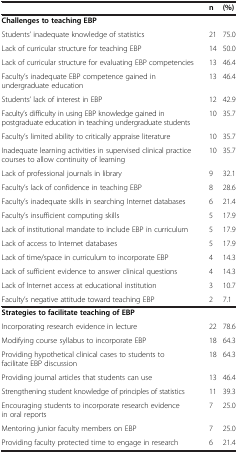
|  | n | (%) |
 | --- | --- | --- |
 | Challenges to teaching EBP |  |  |
 | Students’ inadequate knowledge of statistics | 21 | 75.0 |
 | Lack of curricular structure for teaching EBP | 14 | 50.0 |
 | Lack of curricular structure for evaluating EBP competencies | 13 | 46.4 |
 | Faculty’s inadequate EBP competence gained in undergraduate education | 13 | 46.4 |
 | Students’ lack of interest in EBP | 12 | 42.9 |
 | Faculty’s difficulty in using EBP knowledge gained in postgraduate education in teaching undergraduate students | 10 | 35.7 |
 | Faculty’s limited ability to critically appraise literature | 10 | 35.7 |
 | Inadequate learning activities in supervised clinical practice courses to allow continuity of learning | 10 | 35.7 |
 | Lack of professional journals in library | 9 | 32.1 |
 | Faculty’s lack of confidence in teaching EBP | 8 | 28.6 |
 | Faculty’s inadequate skills in searching Internet databases | 6 | 21.4 |
 | Faculty’s insufficient computing skills | 5 | 17.9 |
 | Lack of institutional mandate to include EBP in curriculum | 5 | 17.9 |
 | Lack of access to Internet databases | 5 | 17.9 |
 | Lack of time/space in curriculum to incorporate EBP | 4 | 14.3 |
 | Lack of sufficient evidence to answer clinical questions | 4 | 14.3 |
 | Lack of Internet access at educational institution | 3 | 10.7 |
 | Faculty’s negative attitude toward teaching EBP | 2 | 7.1 |
 | Strategies to facilitate teaching of EBP |  |  |
 | Incorporating research evidence in lecture | 22 | 78.6 |
 | Modifying course syllabus to incorporate EBP | 18 | 64.3 |
 | Providing hypothetical clinical cases to students to facilitate EBP discussion | 18 | 64.3 |
 | Providing journal articles that students can use | 13 | 46.4 |
 | Strengthening student knowledge of principles of statistics | 11 | 39.3 |
 | Encouraging students to incorporate research evidence in oral reports | 7 | 25.0 |
 | Mentoring junior faculty members on EBP | 7 | 25.0 |
 | Providing faculty protected time to engage in research | 6 | 21.4 |